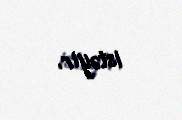
istəyir.